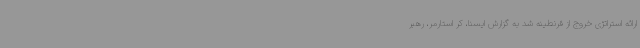
ارائه استراتژی خروج از قرنطینه شد به گزارش ایسنا، کر استارمر، رهبر